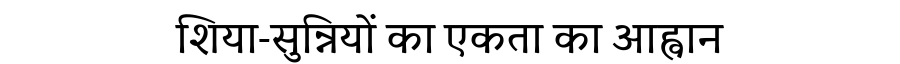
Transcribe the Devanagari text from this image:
शिया-सुन्नियों का एकता का आह्वान